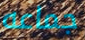
جماعه